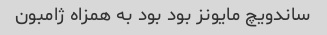
ساندویچ مایونز بود بود به همزاه ژامبون